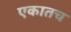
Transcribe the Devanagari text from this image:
एकातच